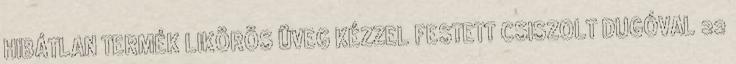
HIBÁTLAN TERMÉK LIKÖRÖS ÜVEG KÉZZEL FESTETT CSISZOLT DUGÓVAL 22